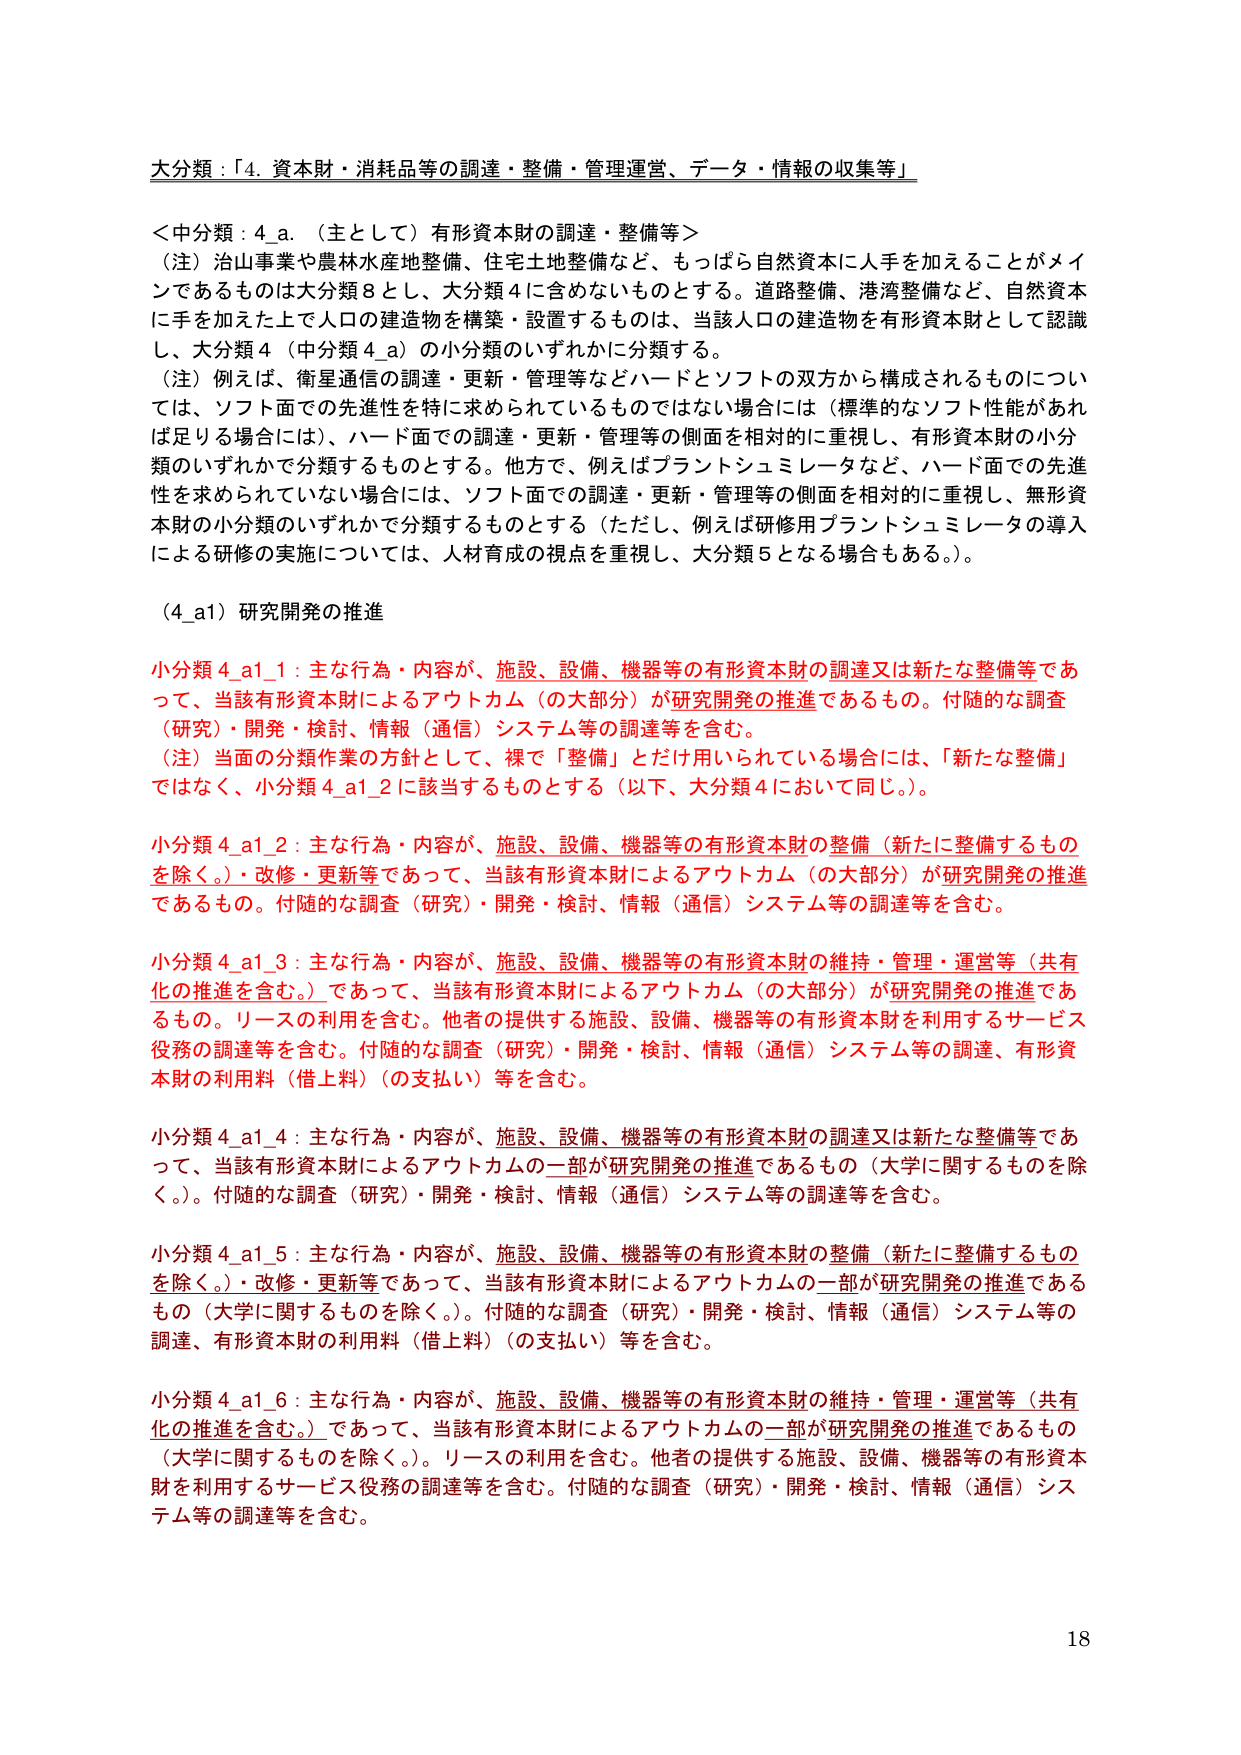
大分類：「4. 資本財・消耗品等の調達・整備・管理運営、データ・情報の収集等」

＜中分類：4_a.（主として）有形資本財の調達・整備等＞
（注）治山事業や農林水産地整備、住宅土地整備など、もっぱら自然資本に人手を加えることがメインであるものは大分類8とし、大分類4に含めないものとする。道路整備、港湾整備など、自然資本に手を加えた上で人口の建造物を構築・設置するものは、当該人口の建造物を有形資本財として認識し、大分類4（中分類4_a）の小分類のいずれかに分類する。
（注）例えば、衛星通信の調達・更新・管理などハードとソフトの双方から構成されるものについては、ソフト面での先進性を特に求められているものではない場合には（標準的なソフト性能があれば足りる場合には）、ハード面での調達・更新・管理等の側面を相対的に重視し、有形資本財の小分類のいずれかで分類するものとする。他方で、例えばプラントシミュレータなど、ハード面での先進性を求められていない場合には、ソフト面での調達・更新・管理等の側面を相対的に重視し、無形資本財の小分類のいずれかで分類するものとする（ただし、例えば研修用プラントシミュレータの導入による研修の実施については、人材育成の視点を重視し、大分類5となる場合もある。）。

（4_a1）研究開発の推進

小分類4_a1_1：主な行為・内容が、施設、設備、機器等の有形資本財の調達又は新たな整備等であって、当該有形資本財によるアウトカム（の大部分）が研究開発の推進であるもの。付随的な調査（研究）・開発・検討、情報（通信）システム等の調達等を含む。
（注）当面の分類作業の方針として、裸で「整備」とだけ用いられている場合には、「新たな整備」ではなく、小分類4_a1_2に該当するものとする（以下、大分類4において同じ。）。

小分類4_a1_2：主な行為・内容が、施設、設備、機器等の有形資本財の整備（新たに整備するものを除く。）・改修・更新等であって、当該有形資本財によるアウトカム（の大部分）が研究開発の推進であるもの。付随的な調査（研究）・開発・検討、情報（通信）システム等の調達等を含む。

小分類4_a1_3：主な行為・内容が、施設、設備、機器等の有形資本財の維持・管理・運営等（共有化の推進を含む。）であって、当該有形資本財によるアウトカム（の大部分）が研究開発の推進であるもの。リースの利用を含む。他者の提供する施設、設備、機器等の有形資本財を利用するサービス役務の調達等を含む。付随的な調査（研究）・開発・検討、情報（通信）システム等の調達、有形資本財の利用料（借上料）（の支払い）等を含む。

小分類4_a1_4：主な行為・内容が、施設、設備、機器等の有形資本財の調達又は新たな整備等であって、当該有形資本財によるアウトカムの一部が研究開発の推進であるもの（大学に関するものを除く。）。付随的な調査（研究）・開発・検討、情報（通信）システム等の調達等を含む。

小分類4_a1_5：主な行為・内容が、施設、設備、機器等の有形資本財の整備（新たに整備するものを除く。）・改修・更新等であって、当該有形資本財によるアウトカムの一部が研究開発の推進であるもの（大学に関するものを除く。）。付随的な調査（研究）・開発・検討、情報（通信）システム等の調達、有形資本財の利用料（借上料）（の支払い）等を含む。

小分類4_a1_6：主な行為・内容が、施設、設備、機器等の有形資本財の維持・管理・運営等（共有化の推進を含む。）であって、当該有形資本財によるアウトカムの一部が研究開発の推進であるもの（大学に関するものを除く。）。リースの利用を含む。他者の提供する施設、設備、機器等の有形資本財を利用するサービス役務の調達等を含む。付随的な調査（研究）・開発・検討、情報（通信）システム等の調達等を含む。

18